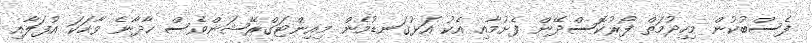
ފެސްބުކުން މިހިދުމަތް ފޯރުކޮސްދޭން ފެށުމާއި އެކު އަޅުގަނޑުމެން މިއިންޓަގްރޭޝަންވެސް ހާދާނެ ވާހަކަ އުފަލާއި